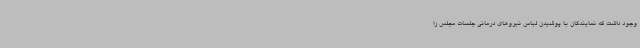
وجود داشت که نمایندگان با پوشیدن لباس نیروهای درمانی جلسات مجلس را